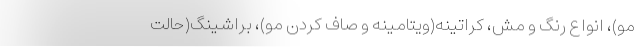
مو)، انواع رنگ و مش، کراتینه(ویتامینه و صاف کردن مو)، براشینگ(حالت